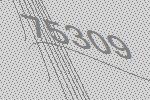
75309